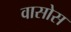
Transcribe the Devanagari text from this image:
वासोस